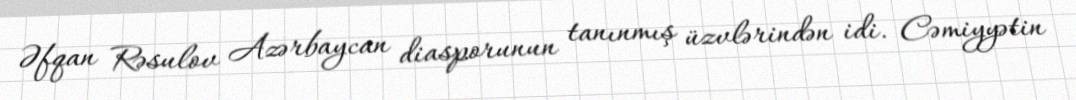
Əfqan Rəsulov Azərbaycan diasporunun tanınmış üzvlərindən idi. Cəmiyyətin